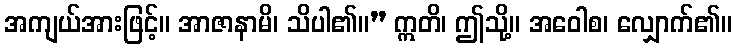
အကျယ်အားဖြင့်။ အာဇာနာမိ၊ သိပါ၏။” ဣတိ၊ ဤသို့။ အဝေါစ၊ လျှောက်၏။